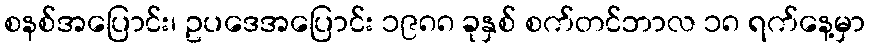
စနစ်အပြောင်း၊ ဥပဒေအပြောင်း ၁၉၈၈ ခုနှစ် စက်တင်ဘာလ ၁၈ ရက်နေ့မှာ